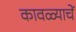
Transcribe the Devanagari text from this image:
कावळ्याचें